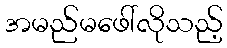
အမည်မဖေါ်လိုသည့်